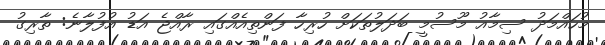
މުހައްމަދު ސިމާއު މޫސުމީ ބަދަލުތަކަށް ހުރިހާ ފަންތިއެއްގައި ރާއްޖެ އަޑު އުފުލާނެ: ތާރިގު